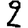
Digit: 2